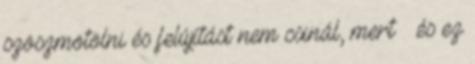
szöszmötölni és felújítást nem csinál, mert – és ez